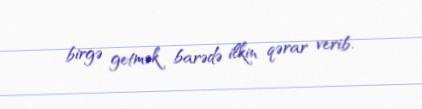
birgə getmək barədə ilkin qərar verib.